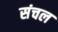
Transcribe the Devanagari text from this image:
संचल